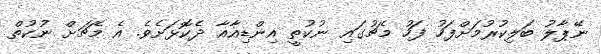
ނޭޕާލު ބަލިކުރުމަށްފަހު ފަހު މެޗުގައި ނުކުތީ އިންޑިއާއާ ދެކޮޅަށެވެ. އެ މެޗަށް ނުކުތް